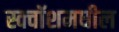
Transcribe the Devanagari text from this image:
स्क्वॉशमधील